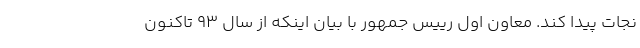
نجات پیدا کند. معاون اول رییس جمهور با بیان اینکه از سال ٩٣ تاکنون